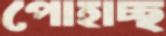
পোহাচ্ছ